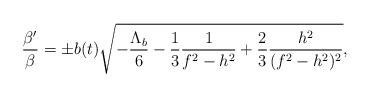
LaTeX: \begin{align*}\frac{\beta '}{\beta}=\pm b(t)\sqrt{-\frac{\Lambda_b}{6}-\frac{1}{3}\frac{1}{f^2-h^2}+\frac{2}{3}\frac{h^2}{(f^2-h^2)^2}},\end{align*}